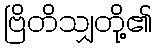
ဗြိတိသျှတို့၏